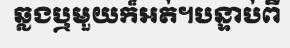
ឆ្លងឬមួយក៏អត់។បន្ទាប់ពី